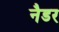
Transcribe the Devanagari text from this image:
नैडर